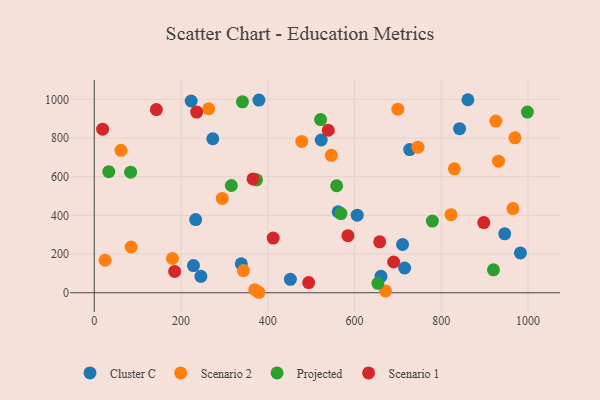
{"axis": {"x": "Price", "y": "Rating"}, "legend": ["Cluster C", "Projected", "Scenario 1", "Scenario 2"], "data": [{"x": "338.9", "y": 149.5, "type": "Cluster C"}, {"x": "842.2", "y": 848.2, "type": "Cluster C"}, {"x": "452.1", "y": 69.3, "type": "Cluster C"}, {"x": "661.0", "y": 84.8, "type": "Cluster C"}, {"x": "273.3", "y": 796.1, "type": "Cluster C"}, {"x": "861.4", "y": 997.8, "type": "Cluster C"}, {"x": "233.8", "y": 378.3, "type": "Cluster C"}, {"x": "710.7", "y": 249.4, "type": "Cluster C"}, {"x": "946.2", "y": 304.6, "type": "Cluster C"}, {"x": "727.1", "y": 740.3, "type": "Cluster C"}, {"x": "562.3", "y": 418.8, "type": "Cluster C"}, {"x": "228.7", "y": 140.5, "type": "Cluster C"}, {"x": "523.2", "y": 789.5, "type": "Cluster C"}, {"x": "606.2", "y": 401.1, "type": "Cluster C"}, {"x": "245.8", "y": 84.6, "type": "Cluster C"}, {"x": "715.5", "y": 127.9, "type": "Cluster C"}, {"x": "223.4", "y": 991.1, "type": "Cluster C"}, {"x": "379.6", "y": 995.9, "type": "Cluster C"}, {"x": "982.5", "y": 205.8, "type": "Cluster C"}, {"x": "343.9", "y": 114.7, "type": "Scenario 2"}, {"x": "85.1", "y": 236.5, "type": "Scenario 2"}, {"x": "965.3", "y": 435.2, "type": "Scenario 2"}, {"x": "969.9", "y": 800.6, "type": "Scenario 2"}, {"x": "478.3", "y": 782.1, "type": "Scenario 2"}, {"x": "379.5", "y": 2.4, "type": "Scenario 2"}, {"x": "546.5", "y": 710.3, "type": "Scenario 2"}, {"x": "180.3", "y": 177.0, "type": "Scenario 2"}, {"x": "699.9", "y": 949.1, "type": "Scenario 2"}, {"x": "370.1", "y": 15.8, "type": "Scenario 2"}, {"x": "671.4", "y": 9.6, "type": "Scenario 2"}, {"x": "61.6", "y": 736.1, "type": "Scenario 2"}, {"x": "822.4", "y": 403.8, "type": "Scenario 2"}, {"x": "263.7", "y": 951.2, "type": "Scenario 2"}, {"x": "925.8", "y": 887.6, "type": "Scenario 2"}, {"x": "25.1", "y": 167.9, "type": "Scenario 2"}, {"x": "295.1", "y": 487.7, "type": "Scenario 2"}, {"x": "931.9", "y": 680.3, "type": "Scenario 2"}, {"x": "746.3", "y": 752.7, "type": "Scenario 2"}, {"x": "830.2", "y": 640.8, "type": "Scenario 2"}, {"x": "558.8", "y": 553.1, "type": "Projected"}, {"x": "33.5", "y": 626.1, "type": "Projected"}, {"x": "568.6", "y": 409.2, "type": "Projected"}, {"x": "374.0", "y": 583.9, "type": "Projected"}, {"x": "920.3", "y": 118.2, "type": "Projected"}, {"x": "341.6", "y": 986.8, "type": "Projected"}, {"x": "521.8", "y": 895.2, "type": "Projected"}, {"x": "998.5", "y": 933.7, "type": "Projected"}, {"x": "779.5", "y": 370.4, "type": "Projected"}, {"x": "316.1", "y": 554.5, "type": "Projected"}, {"x": "83.8", "y": 623.2, "type": "Projected"}, {"x": "653.9", "y": 48.6, "type": "Projected"}, {"x": "658.1", "y": 263.1, "type": "Scenario 1"}, {"x": "690.2", "y": 158.9, "type": "Scenario 1"}, {"x": "584.8", "y": 295.1, "type": "Scenario 1"}, {"x": "236.1", "y": 933.8, "type": "Scenario 1"}, {"x": "412.5", "y": 282.5, "type": "Scenario 1"}, {"x": "494.3", "y": 52.5, "type": "Scenario 1"}, {"x": "366.0", "y": 588.2, "type": "Scenario 1"}, {"x": "185.4", "y": 110.4, "type": "Scenario 1"}, {"x": "19.3", "y": 845.5, "type": "Scenario 1"}, {"x": "143.2", "y": 947.0, "type": "Scenario 1"}, {"x": "539.5", "y": 839.9, "type": "Scenario 1"}, {"x": "898.0", "y": 362.8, "type": "Scenario 1"}]}